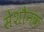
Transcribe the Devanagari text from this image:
सेशौनक